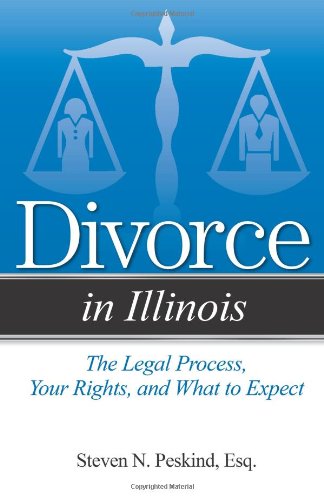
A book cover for Divorce in Illinois: Understandable Answers to Your Legal Questions; Steven N. Peskind; Law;